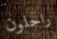
راحلون